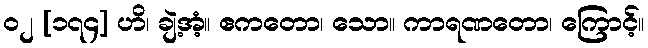
၀၂ [၁၇၄] ဟိ၊ ချဲ့အံ့။ ဧကတော၊ သော။ ကာရဏတော၊ ကြောင့်။